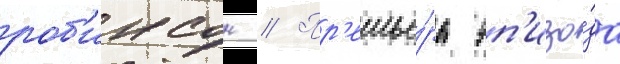
роб'инсон // Пр'емье́ра эп'изо́да